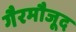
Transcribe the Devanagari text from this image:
गैरमौजूद